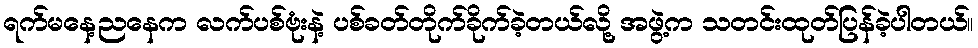
ရက်မနေ့ညနေက လက်ပစ်ဗုံးနဲ့ ပစ်ခတ်တိုက်ခိုက်ခဲ့တယ်လို့ အဖွဲ့က သတင်းထုတ်ပြန်ခဲ့ပါတယ်။